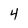
Character: 4